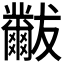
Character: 𬋾